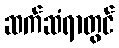
ဆက်ဆံရာတွင်